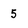
Character: 5